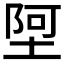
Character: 𫮄